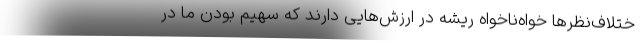
ختلاف‌نظرها خواه‌ناخواه ریشه در ارزش‌هایی دارند که سهیم بودن ما در